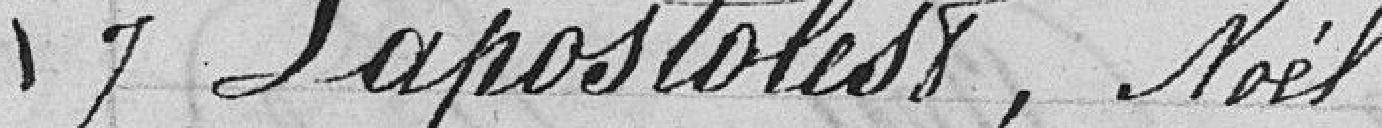
7 Lapostolest, Noél